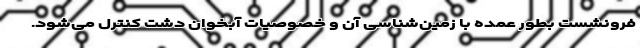
فرونشست بطور عمده با زمین‌شناسی آن و خصوصیات آبخوان دشت کنترل می‌شود.